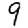
Digit: 9